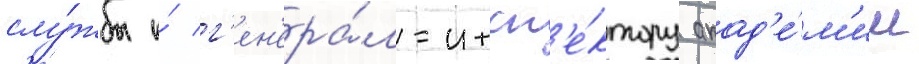
слу́жбы и́ г'ен'ера́л-инсп'е́ктору акад'е́м'ии